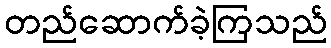
တည်ဆောက်ခဲ့ကြသည်